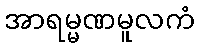
အာရမ္မဏမူလကံ